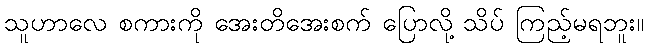
သူဟာလေ စကားကို အေးတိအေးစက် ပြောလို့ သိပ် ကြည့်မရဘူး။